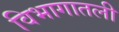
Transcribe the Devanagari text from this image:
विभागातली